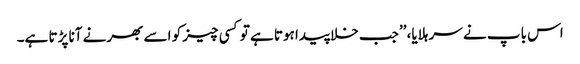
اس باپ نے سر ہلایا، ’’جب خلا پیدا ہوتا ہے تو کسی چیز کو اسے بھرنے آنا پڑتا ہے۔